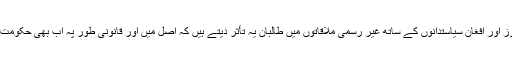
نجی انٹرویوز اور افغان سیاستدانوں کے ساتھ غیر رسمی ملاقاتوں میں طالبان یہ تأثر دیتے ہیں کہ اصل میں اور قانونی طور پہ اب بھی حکومت ان کی ہے۔